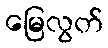
မြေလွတ်